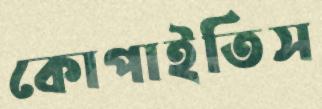
কোপাইতিস